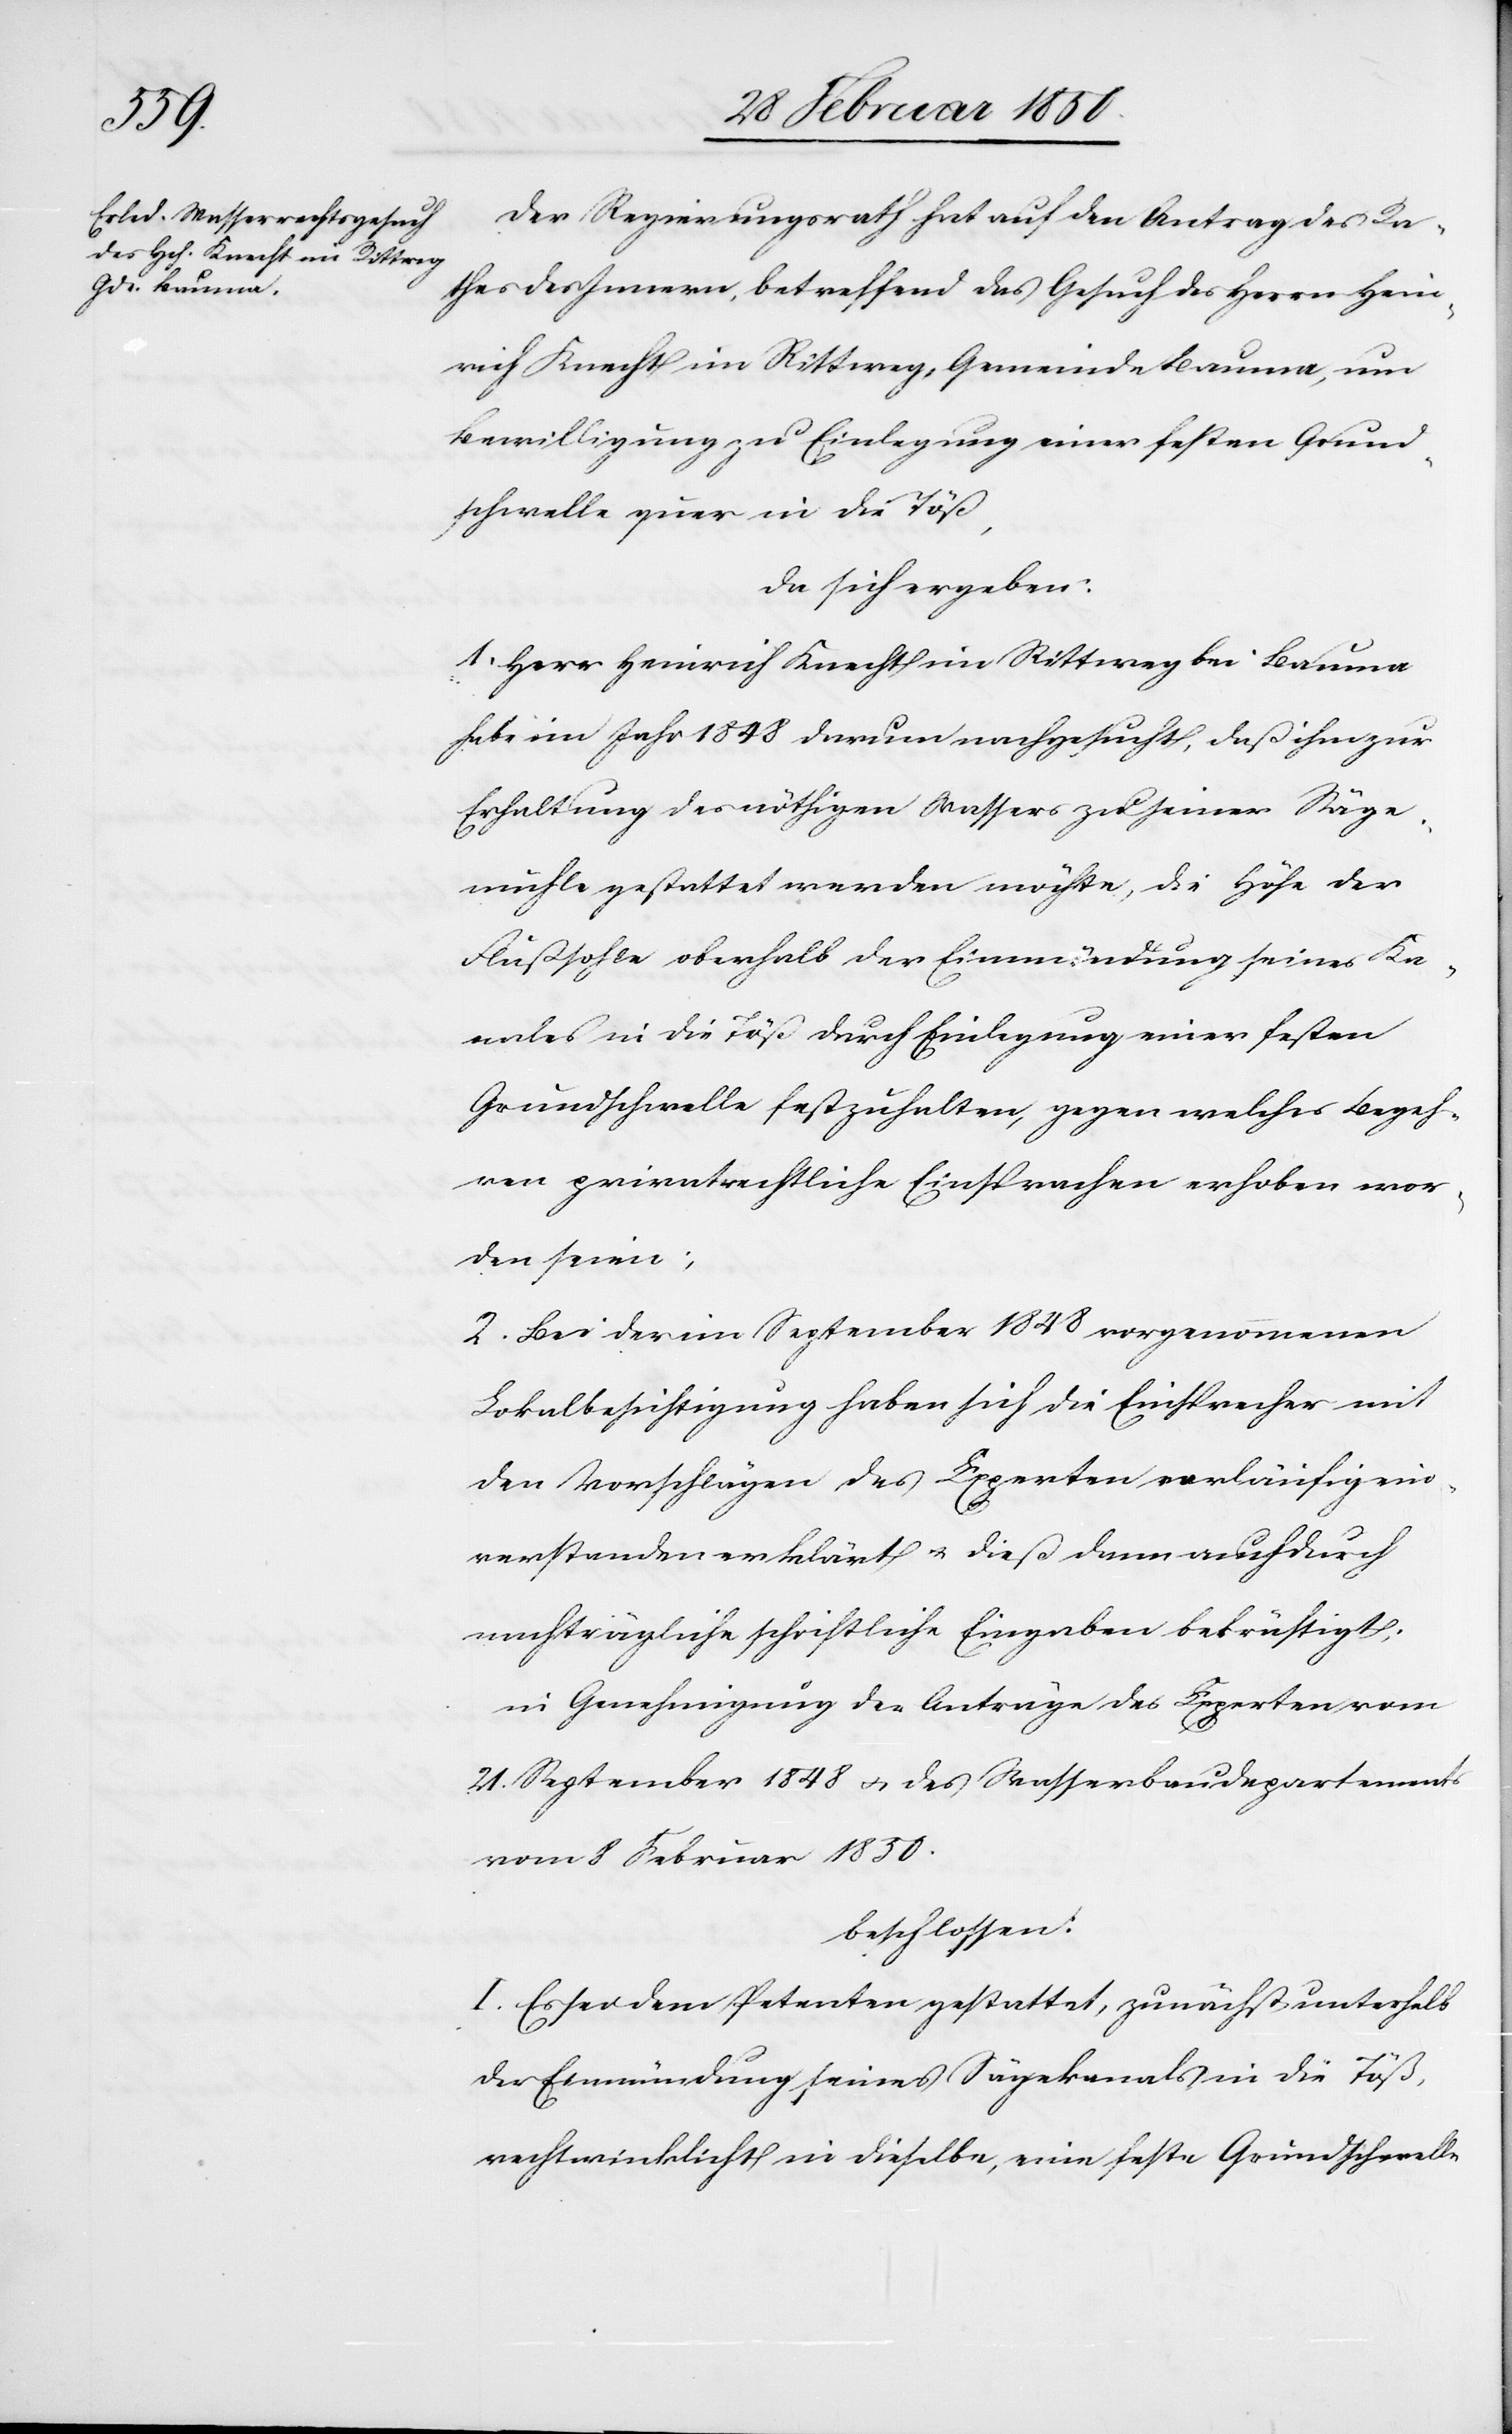
Der Regierungsrath hat auf den Antrag des Ra¬
thes des Innern, betreffend das Gesuch des Herrn Hein¬
rich Knecht im Rittweg, Gemeinde Bauma, um
Bewilligung zu Einlegung einer festen Grund¬
schwelle quer in die Töß,
da sich ergeben:
1. Herr Heinrich Knecht im Rittweg bei Bauma
habe im Jahr 1848 darum nachgesucht, daß ihm zur
Erhaltung des nöthigen Wassers zu seiner Säge¬
mühle gestattet werden möchte, die Höhe der
Flußsohle oberhalb der Einmündung seins Ka¬
nales in die Töß durch Einlegung einer festen
Grundschwelle festzuhalten, gegen welches Begeh¬
ren privatrechtliche Einsprachen erhoben wor¬
den seien;
2. Bei der im September 1848 vorgenommenen
Lokalbesichtigung haben sich die Einsprecher mit
den Vorschlägen des Experten vorläufig ein¬
verstanden erklärt u. dieß dann auch durch
nachträgliche schriftliche Eingaben bekräftigt;
in Genehmigung der Anträge des Experten vom
21. September 1848 u. des Wasserbaudepartements
vom 8 Februar 1850.
beschlossen:
I. Es sei dem Petenten gestattet, zunächst unterhalb
der Einmündung seines Sägekanals in die Töß,
rechtwincklicht in dieselbe, eine feste Grundschwelle